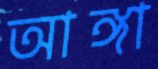
আঙ্গা